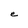
Character: e